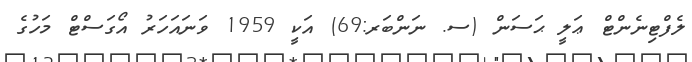
ލެފްޓިނެންޓް ޢަލީ ޙަސަން (ސ. ނަންބަރ:69) އަކީ 1959 ވަނައަހަރު އޯގަސްޓް މަހުގެ